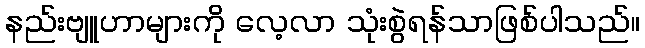
နည်းဗျူဟာများကို လေ့လာ သုံးစွဲရန်သာဖြစ်ပါသည်။